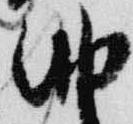
納